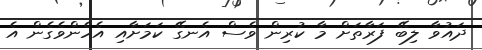
ދައުވާ ލިބޭ ފަރާތަށް މާ ކުރިން ވެސް އެނގޭ ކަމަށާއި އެހެންވެގެން އެ